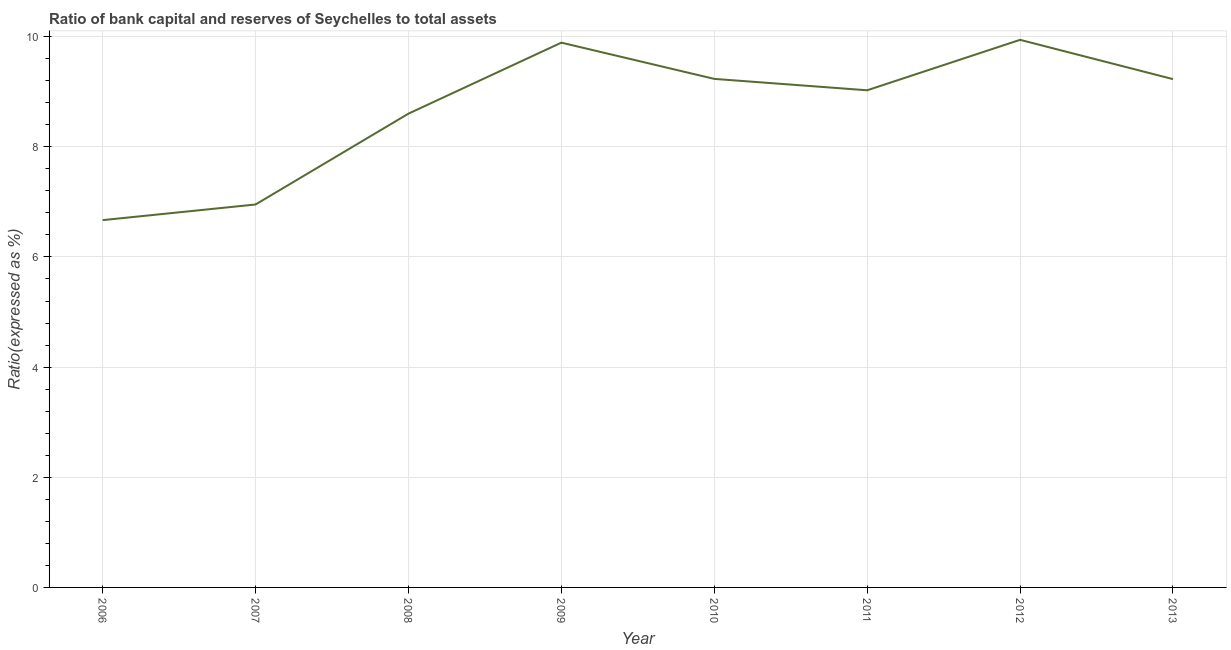
| Year | Bank capital to assets ratio |
 | --- | --- |
 | 2006 | 6.67 |
 | 2007 | 6.95 |
 | 2008 | 8.6 |
 | 2009 | 9.89 |
 | 2010 | 9.23 |
 | 2011 | 9.03 |
 | 2012 | 9.94 |
 | 2013 | 9.23 |